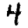
Digit: 4